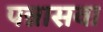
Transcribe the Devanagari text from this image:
पन्नासवा